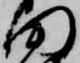
田